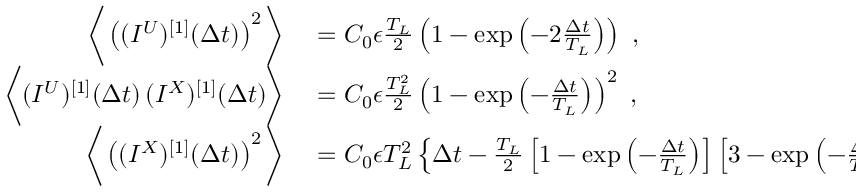
\begin{array} { r l } { \bigg \langle \left( ( I ^ { U } ) ^ { [ 1 ] } ( \Delta t ) \right) ^ { 2 } \bigg \rangle } & { { } = C _ { 0 } \epsilon \frac { T _ { L } } { 2 } \left( 1 - \exp \left( - 2 \frac { \Delta t } { T _ { L } } \right) \right) ~ , } \\ { \bigg \langle ( I ^ { U } ) ^ { [ 1 ] } ( \Delta t ) \, ( I ^ { X } ) ^ { [ 1 ] } ( \Delta t ) \bigg \rangle } & { { } = C _ { 0 } \epsilon \frac { T _ { L } ^ { 2 } } { 2 } \left( 1 - \exp \left( - \frac { \Delta t } { T _ { L } } \right) \right) ^ { 2 } ~ , } \\ { \bigg \langle \left( ( I ^ { X } ) ^ { [ 1 ] } ( \Delta t ) \right) ^ { 2 } \bigg \rangle } & { { } = C _ { 0 } \epsilon T _ { L } ^ { 2 } \left\{ \Delta t - \frac { T _ { L } } { 2 } \left[ 1 - \exp \left( - \frac { \Delta t } { T _ { L } } \right) \right] \left[ 3 - \exp \left( - \frac { \Delta t } { T _ { L } } \right) \right] \right\} ~ . } \end{array}